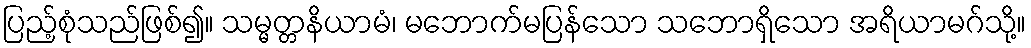
ပြည့်စုံသည်ဖြစ်၍။ သမ္မတ္တနိယာမံ၊ မဘောက်မပြန်သော သဘောရှိသော အရိယာမဂ်သို့။